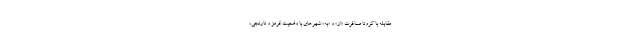
مقابله با کرونا مسافرت «از» و «به» شهرهای با وضعیت قرمز و نارنجی،